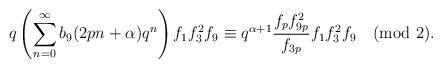
LaTeX: \begin{align*}q\left(\sum_{n=0}^{\infty}b_9(2pn+\alpha)q^{n} \right)f_1f^{2}_3f_9\equiv q^{\alpha+1}\frac{f_pf^{2}_{9p}}{f_{3p}}f_1f^{2}_{3}f_{9}\pmod 2.\end{align*}